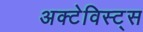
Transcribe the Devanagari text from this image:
अक्टेविस्ट्स